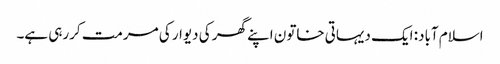
اسلام آباد: ایک دیہاتی خاتون اپنے گھر کی دیوار کی مرمت کررہی ہے۔